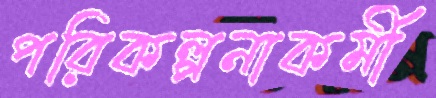
পরিকল্পনাকর্মী